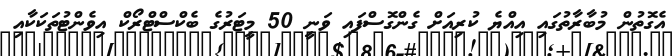
އެގޮތުން މުބާރާތުގައި އިއްޔެ ކުރިއަށް ގެންގޮސްފައި ވަނީ 50 މީޓަރުގެ ބެކްސްޓްރޯކް އިވެންޓުތަކަކާއި